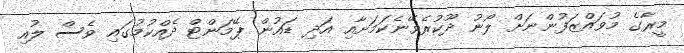
މީރާގެ މުވައްޒަފުންނަށް ލޯނު ދޫކުރެވޭނެކަމަށާއި އަދި ޑައުން ޕޭމަންޓް ދެއްކުމުގައި ވެސް ލުއި